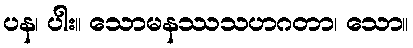
ပန၊ ပါး။ သောမနဿသဟဂတာ၊ သော။